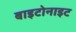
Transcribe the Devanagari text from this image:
बाइटोनाइट